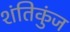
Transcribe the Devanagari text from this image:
शंतिकुंज